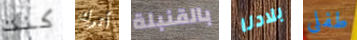
كنت أترك بالقنبلة بلادنا طفلى